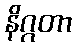
နိဂ္ဂတာ